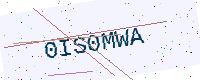
Text: 0IS0MWA